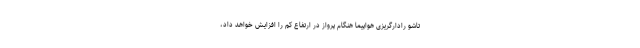
تاشو رادارگریزی هواپیما هنگام پرواز در ارتفاع کم را افزایش خواهد داد،